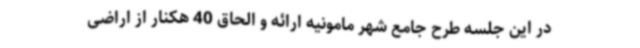
در این جلسه طرح جامع شهر مامونیه ارائه و الحاق 40 هکنار از اراضی